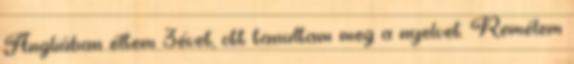
Angliában éltem 3évet, ott tanultam meg a nyelvet. Remélem